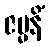
ဇမ္မနိံ